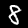
Digit: 8